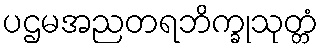
ပဌမအညတရဘိက္ခုသုတ္တံ